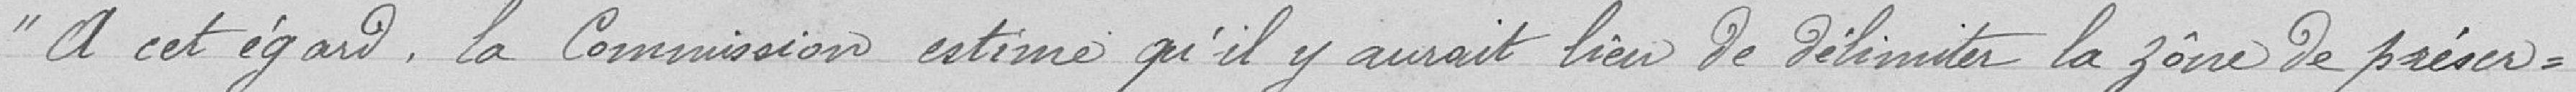
" à cet égard, la Commission estime qu'il y aurait lieu de délimiter la zone de préser-